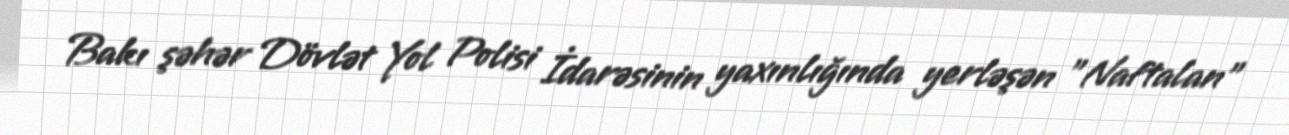
Bakı şəhər Dövlət Yol Polisi İdarəsinin yaxınlığında yerləşən "Naftalan"